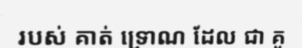
របស់ គាត់ ទ្រោណ ដែល ជា គូ